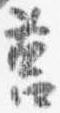
筥